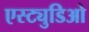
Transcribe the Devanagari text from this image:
एस्ट्युडिओ